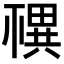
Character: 𥛴